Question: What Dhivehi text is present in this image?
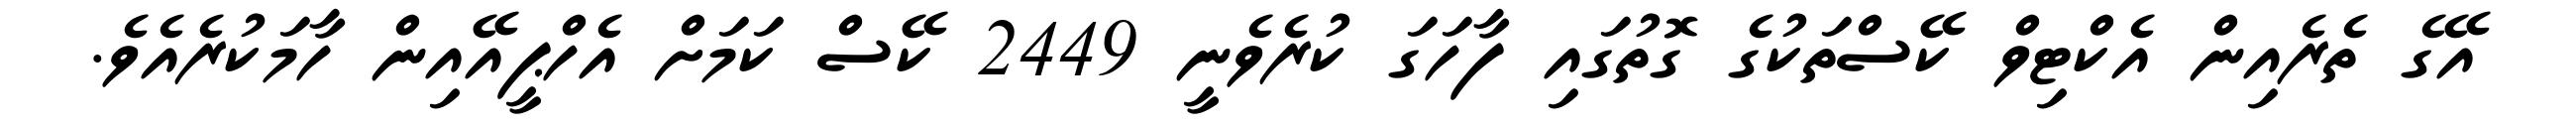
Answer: އޭގެ ތެރެއިން އެކްޓިވް ކޭސްތަކުގެ ގޮތުގައި ފާހަގަ ކުރެވެނީ 2449 ކޭސް ކަމަށް އެހްޕީއޭއިން ހާމަކުރެއެވެ.